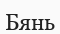
Бянь